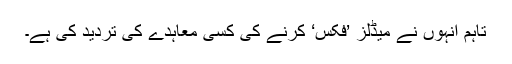
تاہم انہوں نے میڈلز ’فکس‘ کرنے کی کسی معاہدے کی تردید کی ہے۔